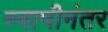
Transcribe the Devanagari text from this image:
स्वामीनंतर